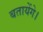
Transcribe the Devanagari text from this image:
बतायेंगे।